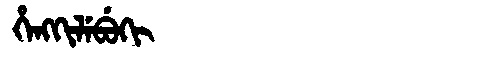
Manchu: ᡥᡝᠩᡴᡳᠯᡝᠪᡠᡴᡳ
Romanization: HENGKILEBUKI